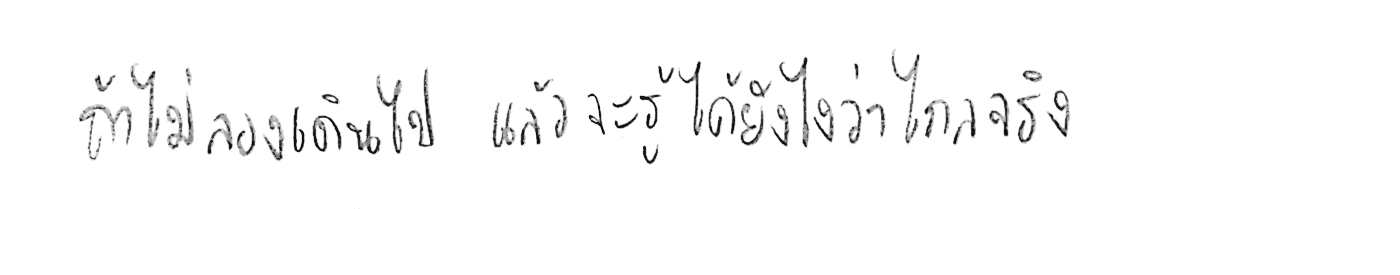
ถ้าไม่ลองเดินไป แล้วจะรู้ได้ยังไงว่าไกลจริง